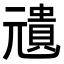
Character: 𠒺